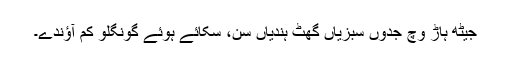
جیٹھ ہاڑ وچ جدوں سبزیاں گھٹ ہُندیاں سن، سُکائے ہوئے گونگلو کم آؤندے۔